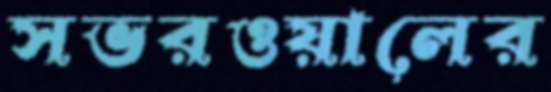
সভরওয়ালের